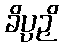
ခိပ္ပဉှိ